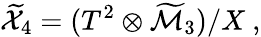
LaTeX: {\widetilde{\cal X}}_{4}=(T^{2}\otimes{\widetilde{\cal M}}_{3})/X~,